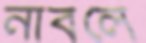
নাবলে